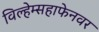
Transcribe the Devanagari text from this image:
विल्हेम्सहाफेनवर